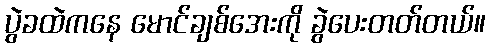
ပွဲခထဲကနေ မောင်ချစ်အေးကို ခွဲပေးတတ်တယ်။